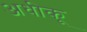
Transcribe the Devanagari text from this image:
अधीकू